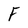
Character: F